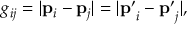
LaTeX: g _ { i j } = | \mathbf { p } _ { i } - \mathbf { p } _ { j } | = | \mathbf { p ^ { \prime } } _ { i } - \mathbf { p ^ { \prime } } _ { j } | ,